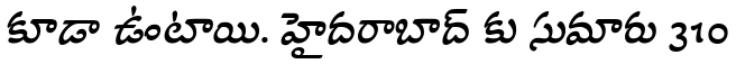
కూడా ఉంటాయి. హైదరాబాద్ కు సుమారు 310